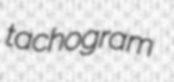
tachogram